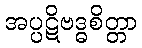
အပ္ပဋိဗဒ္ဓစိတ္တာ